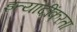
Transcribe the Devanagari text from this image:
इत्यादींकरता